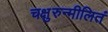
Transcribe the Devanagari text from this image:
चक्षुरुन्मीलितं